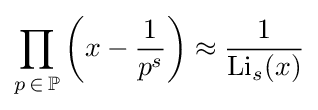
\prod _{p\,\in \,\mathbb {P} }\left(x-{\frac {1}{p^{s}}}\right)\approx {\frac {1}{\operatorname {Li} _{s}(x)}}